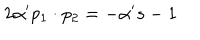
LaTeX: 2 \alpha ^ { \prime } p _ { 1 } \cdot p _ { 2 } = - \alpha ^ { \prime } s - 1